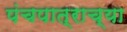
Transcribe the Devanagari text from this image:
पंचपात्राच्या